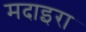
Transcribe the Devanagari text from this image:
मदाइरा